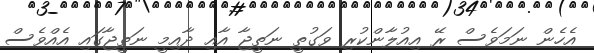
އެހެން ނަމަވެސް ރޭ އިއުލާންކުރި ވަގުތީ ނަތީޖާ އާއި ދާއިމީ ނަތީޖާގައި އެއްވެސް